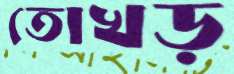
তোখড়